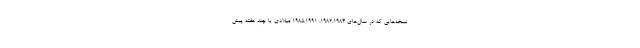
نسخه‌هایی که در سال‌های ۱۹۸۲.۱۹۸۴، ۱۹۸۵.۱۹۹۱ میلادی یا چند هفته پیش